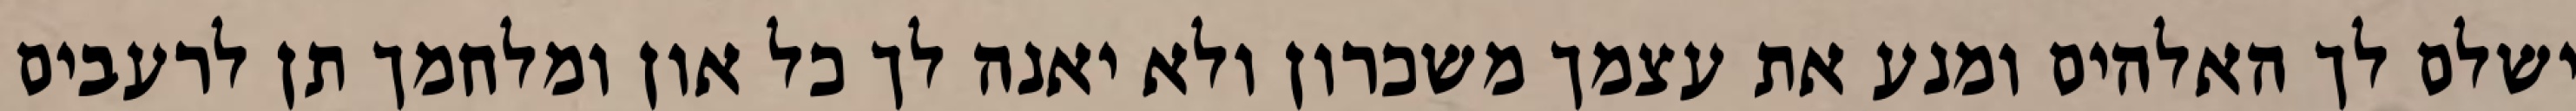
ישלם לך האלהים ומנע את עצמך משכרון ולא יאנה לך כל און ומלחמך תן לרעבים